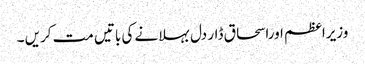
وزیراعظم اوراسحاق ڈار دل بہلانے کی باتیں مت کریں ۔